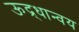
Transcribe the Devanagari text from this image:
ऊद्र्धान्वय